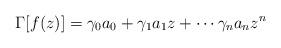
LaTeX: \begin{align*} \Gamma[f(z)]= \gamma_0 a_0 + \gamma_1 a_1 z + \cdots \gamma_n a_n z^n\end{align*}